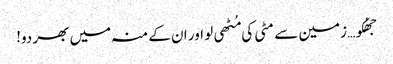
جھُکو… زمین سے مٹی کی مُٹھی لو اور ان کے منہ میں بھر دو!